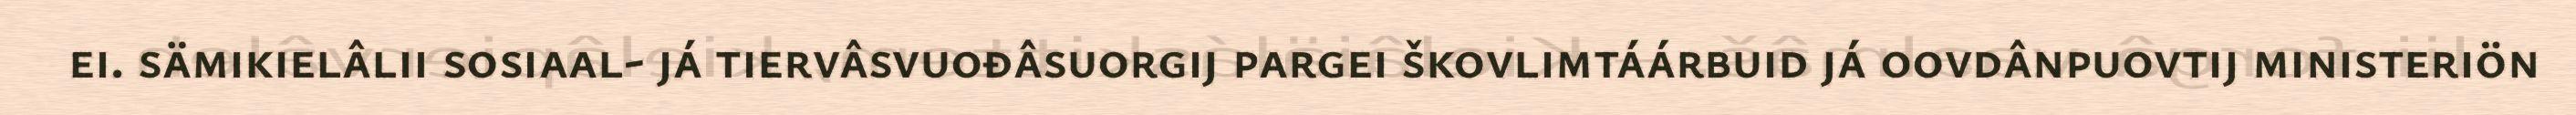
ei. sämikielâlii sosiaal- já tiervâsvuođâsuorgij pargei škovlimtáárbuid já oovdânpuovtij ministeriön